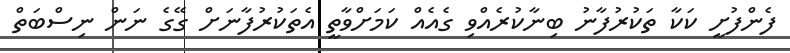
ފެންފުށީ ކަކާ ތަކުރުފާނު ބިނާކުރެއްވި ގެއެއް ކަމަށްވާތީ އެތަކުރުފާނަށް ގޭގެ ނަން ނިސްބަތް